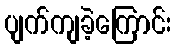
ပျက်ကျခဲ့ကြောင်း